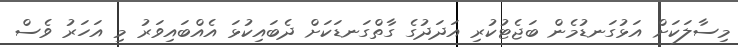
މިސާލަކަށް އަޅުގަނޑުމެން ބަޖެޓުކުރި އަދަދުގެ ގާތްގަނޑަކަށް ދެބައިކުޅަ އެއްބައިވަރު މި އަހަރު ވެސް